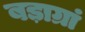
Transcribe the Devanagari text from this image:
बड़ाग्रां